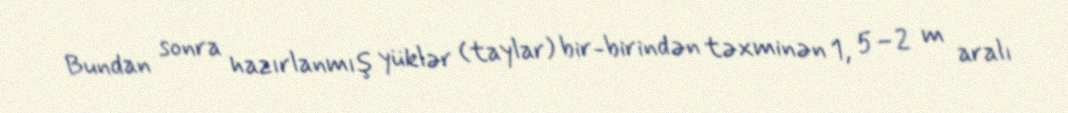
Bundan sonra hazırlanmış yüklər (taylar) bir-birindən təxminən 1, 5–2 m aralı